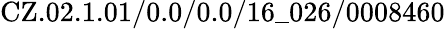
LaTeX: \mathrm{CZ.02.1.01/0.0/0.0/16\_ 026/0008460}